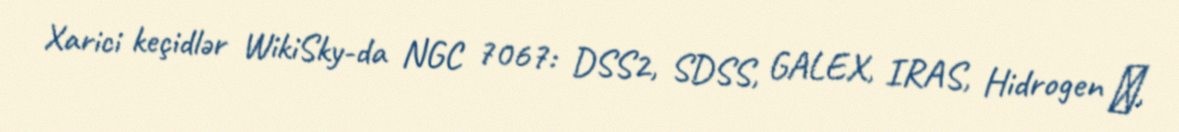
Xarici keçidlər WikiSky-da NGC 7067: DSS2, SDSS, GALEX, IRAS, Hidrogen α,